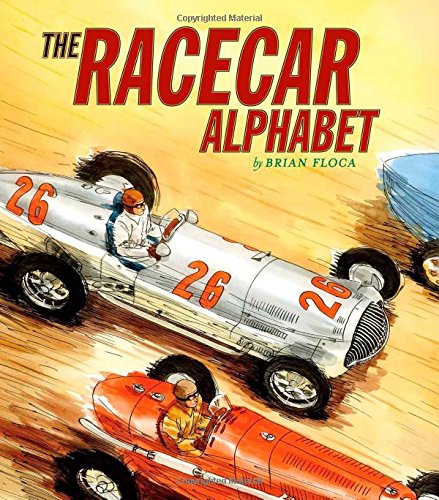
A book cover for Racecar Alphabet (Ala Notable Children's Books. Younger Readers (Awards)); Brian Floca; Children's Books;